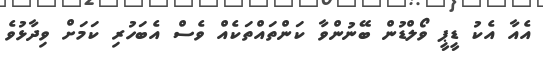
އެއާ އެކު ޑީޕީ ވޯލްޑުން ބޭނުންވާ ކަންތައްތަކެއް ވެސް އެބަހުރި ކަމަށް ވިދާޅުވެ